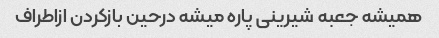
همیشه جعبه شیرینی پاره میشه درحین بازکردن ازاطراف